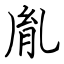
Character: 胤